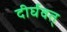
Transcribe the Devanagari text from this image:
दीर्घवत्